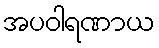
အပဝါရဏာယ